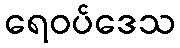
ရေဝပ်ဒေသ